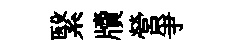
繄牘營爭